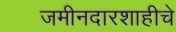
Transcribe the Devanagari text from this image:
जमीनदारशाहीचे